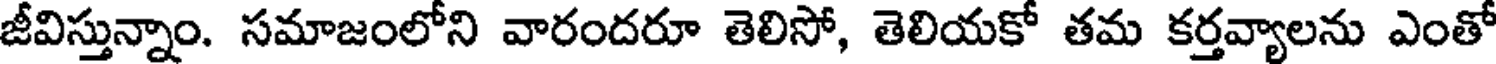
జీవిస్తున్నాం. సమాజంలోని వారందరూ తెలిసో, తెలియకో తమ కర్తవ్యాలను ఎంతో